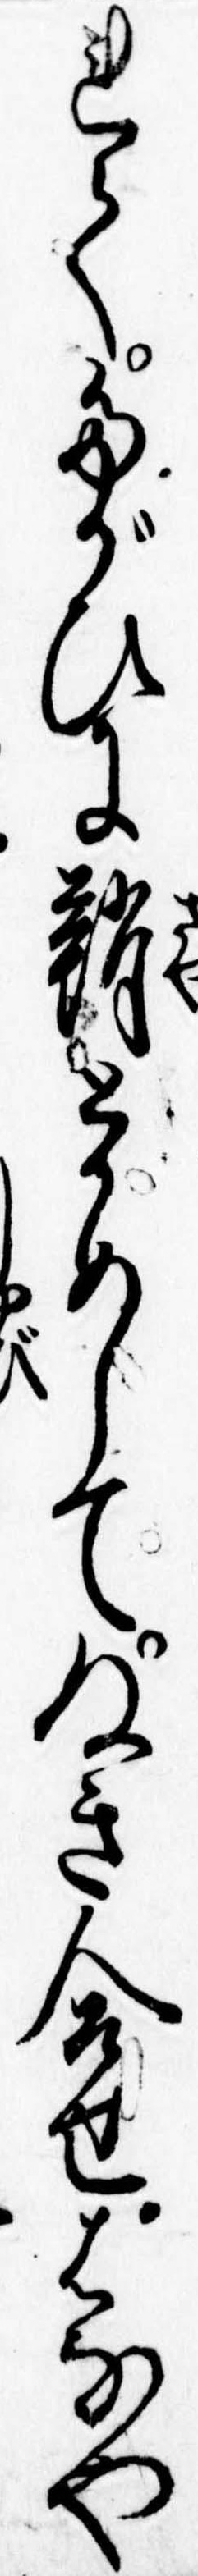
れてたがひに鞘とかめしてぬき合せはなや